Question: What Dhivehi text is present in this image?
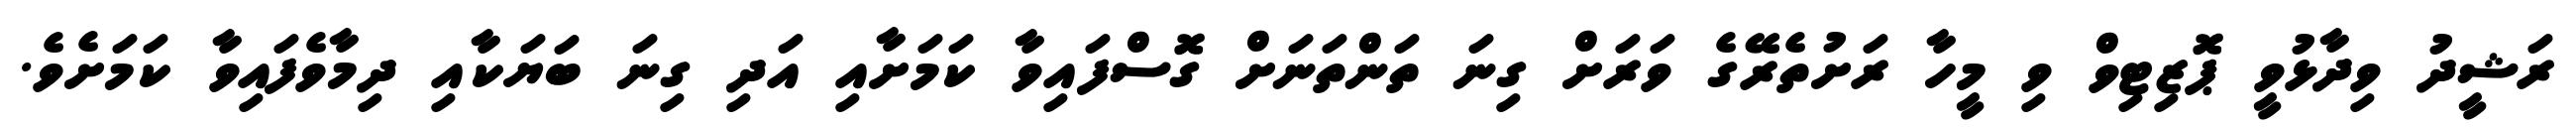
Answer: ރަޝީދު ވިދާޅުވީ ޕޮޒިޓިވް ވި މީހާ ރަށުތެރޭގެ ވަރަށް ގިނަ ތަންތަނަށް ގޮސްފައިވާ ކަމަށާއި އަދި ގިނަ ބަޔަކާއި ދިމާވެފައިވާ ކަމަށެވެ.